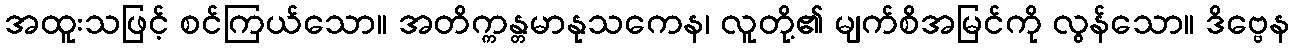
အထူးသဖြင့် စင်ကြယ်သော။ အတိက္ကန္တမာနုသကေန၊ လူတို့၏ မျက်စိအမြင်ကို လွန်သော။ ဒိဗ္ဗေန